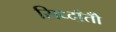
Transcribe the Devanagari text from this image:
सिध्दाँतोँ